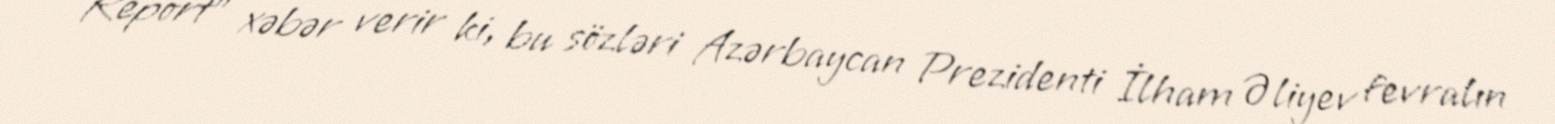
Report" xəbər verir ki, bu sözləri Azərbaycan Prezidenti İlham Əliyev fevralın